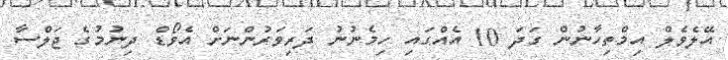
އޭލެވެލް އިމްތިހާނުން ގަދަ 10 އެއްގައި ހިމެނުނު ދަރިވަރުންނަށް އެވޯޑް ދިނުމުގެ ޖަލްސާ